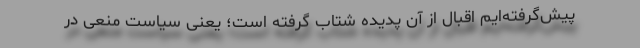
پیش‌گرفته‌ایم اقبال از آن پدیده شتاب گرفته است؛ یعنی سیاست منعی در